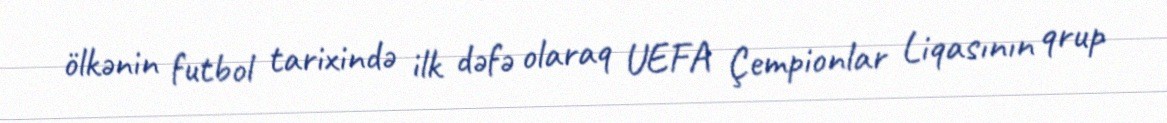
ölkənin futbol tarixində ilk dəfə olaraq UEFA Çempionlar Liqasının qrup